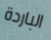
الباردة